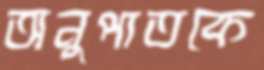
অনুপাতকে